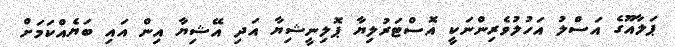
ޕަލާއޫގެ އަސްލު އަހުލުވެރިންނަކީ އޮސްޓަރުލިޔާ ޕޮލިނީޝިޔާ އަދި އޭޝިޔާ އިން އައި ބަޔެއްކަމަށް